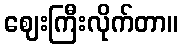
ဈေးကြီးလိုက်တာ။